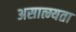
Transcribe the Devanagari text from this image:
असात्म्यता